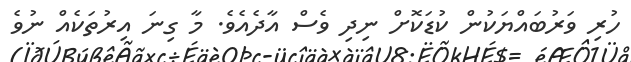
ހުރި ވަރުބައްޔަކުން ކުޑަކޮށް ނިދި ވެސް އާދެއެވެ. މާ ގިނަ އިރުތަކެއް ނުވެ